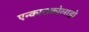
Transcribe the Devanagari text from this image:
एन्काराकोलाडो